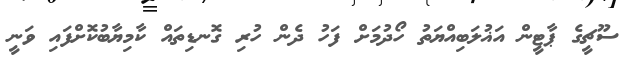
ސޫޗީގެ ޕާޓީން އަޣުލަބިއްޔަތު ހޯދުމަށް ފަހު ދެން ހުރި ގޮނޑިތައް ކާމިޔާބުކޮށްފައި ވަނީ